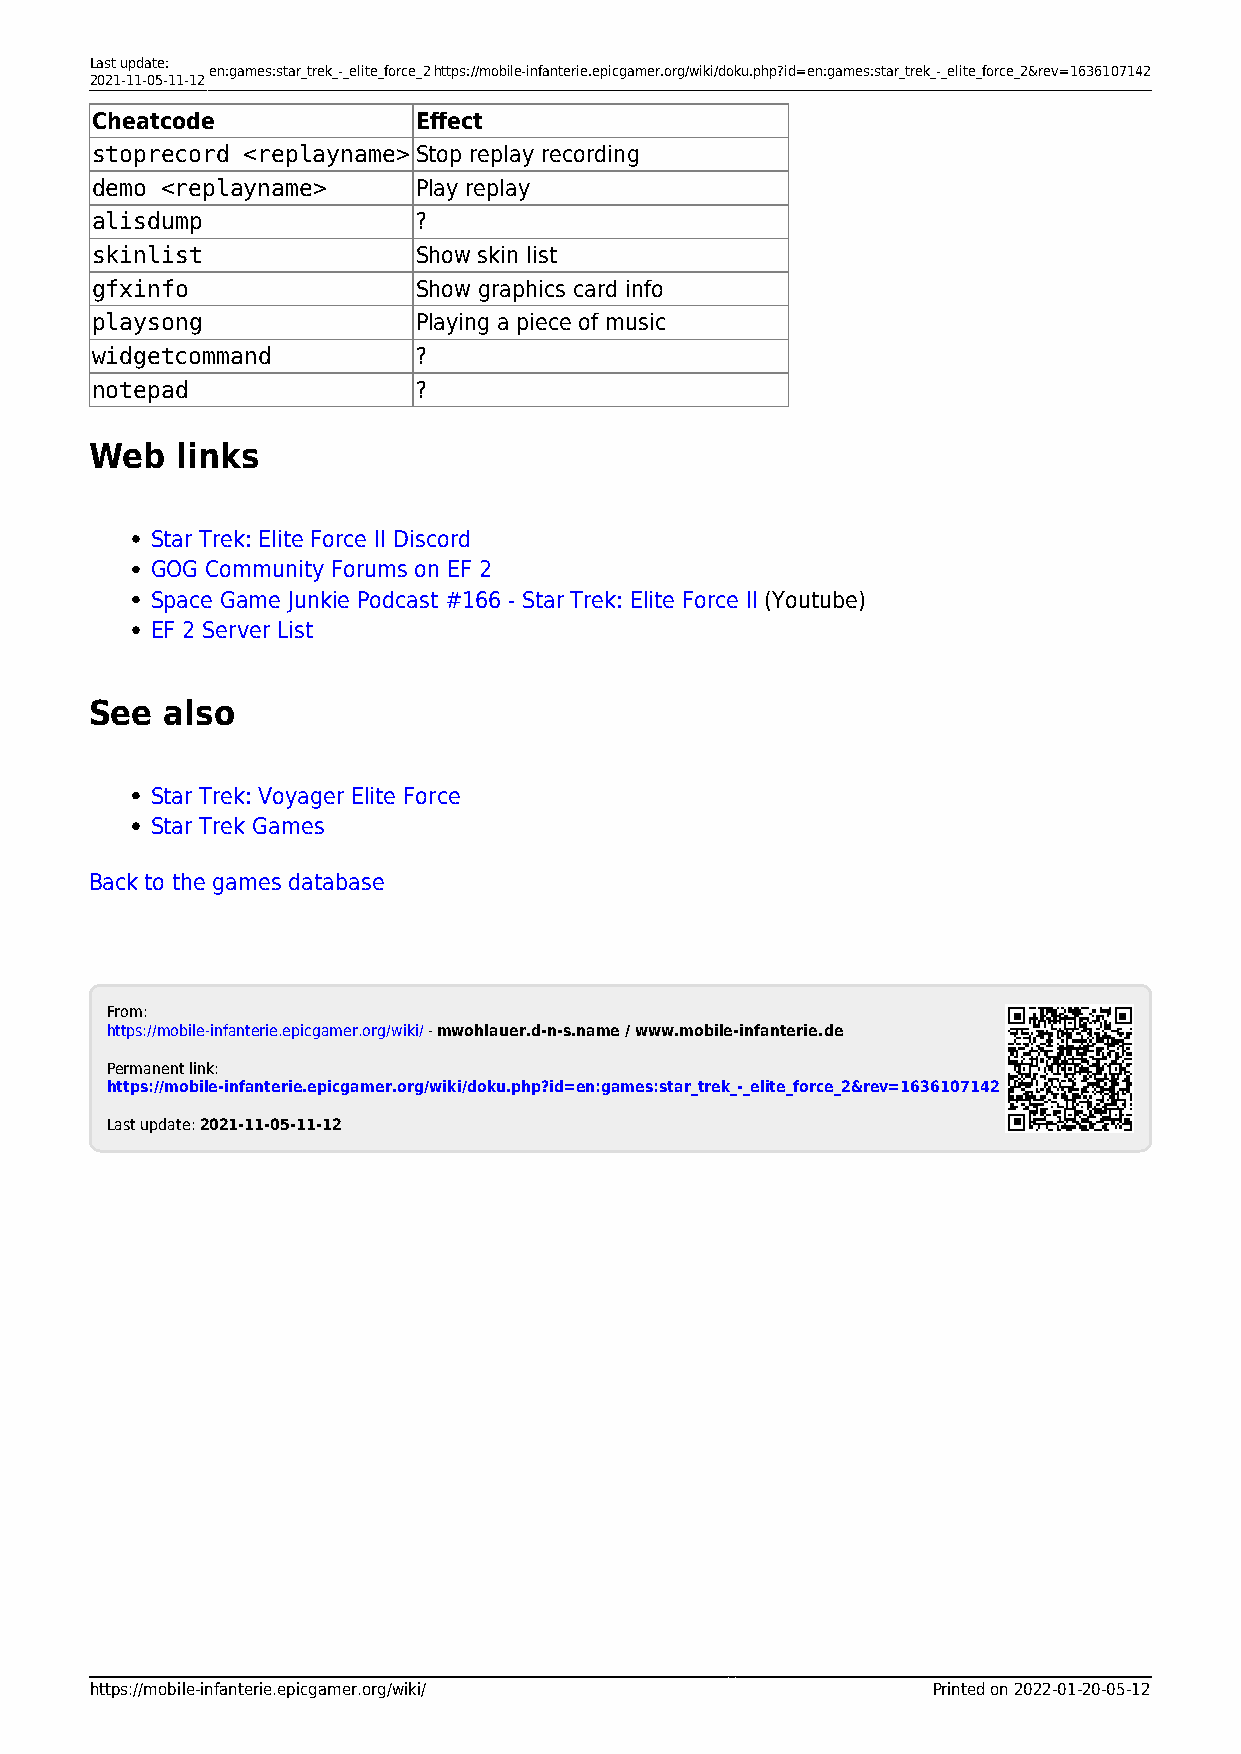
Last update:
 en:games:star_trek_-_elite_force_2https://mobile-infanterie.epicgamer.org/wiki/doku.php?id=en:games:star_trek_-_elite_force_2&rev=1636107142
 2021-11-05-11-12
 Cheatcode             Effect
 stoprecord <replayname>Stop replay recording
 demo <replayname>     Play replay
 alisdump              ?
 skinlist              Show skin list
 gfxinfo               Show graphics card info
 playsong              Playing a piece of music
 widgetcommand         ?
 notepad               ?
 Web   links
 Star Trek: Elite Force II Discord
 GOG Community Forums on EF 2
 Space Game Junkie Podcast #166 - Star Trek: Elite Force II (Youtube)
 EF 2 Server List
 See  also
 Star Trek: Voyager Elite Force
 Star Trek Games
 Back to the games database
 From:
 https://mobile-infanterie.epicgamer.org/wiki/ - mwohlauer.d-n-s.name / www.mobile-infanterie.de
 Permanent link:
 https://mobile-infanterie.epicgamer.org/wiki/doku.php?id=en:games:star_trek_-_elite_force_2&rev=1636107142
 Last update: 2021-11-05-11-12
 https://mobile-infanterie.epicgamer.org/wiki/           Printed on 2022-01-20-05-12